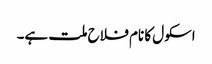
اسکول کا نام فلاح ملت ہے۔